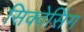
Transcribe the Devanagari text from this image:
सिक्वेसिंग